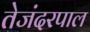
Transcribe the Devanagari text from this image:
तेजंदरपाल